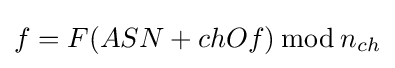
f=F{(ASN+chOf)\,{\bmod {\,}}n_{ch}}